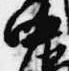
中